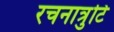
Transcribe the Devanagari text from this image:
रचनात्रुटि